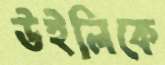
উইলিকে